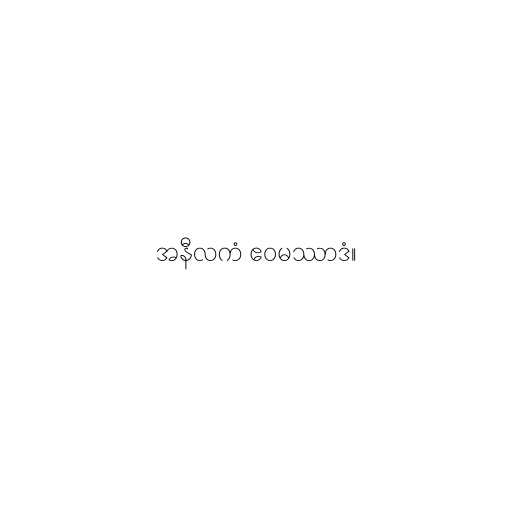
အနီလကံ ဧဝမဿာဒံ။